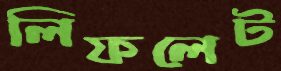
লিফলেট